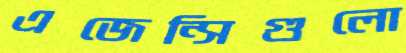
এজেন্সিগুলো